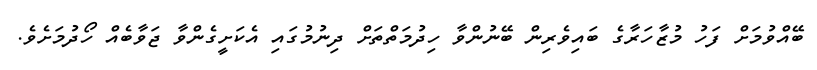
ބޭއްވުމަށް ފަހު މުޒާހަރާގެ ބައިވެރިން ބޭނުންވާ ހިދުމަތްތަށް ދިނުމުގައި އެކަށީގެންވާ ޖަވާބެއް ހޯދުމަށެވެ.